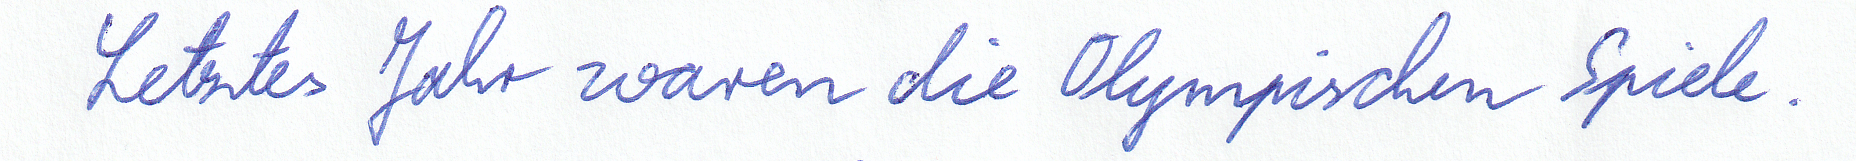
Letztes Jahr waren die Olympischen Spiele.